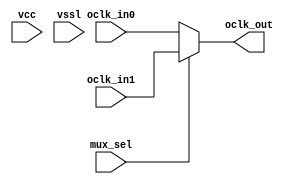
// SPDX-License-Identifier: Apache-2.0
// Copyright (C) 2019 Intel Corporation. 
// Library - aibcr_lib, Cell - aibcr_clkmux2, View - schematic
// LAST TIME SAVED: Sep  7 23:41:23 2015
// NETLIST TIME: Oct  9 02:05:40 2015

module aibcr3_clkmux2 ( oclk_out, mux_sel, oclk_in0, oclk_in1, vcc, vssl
     );

output  oclk_out;

input  mux_sel, oclk_in0, oclk_in1, vcc, vssl;

 

assign oclk_out = mux_sel ?  oclk_in1 : oclk_in0 ;



endmodule